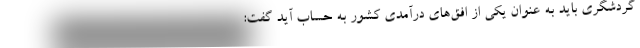
گردشگری باید به عنوان یکی از افق‌های درآمدی کشور به حساب آید گفت: